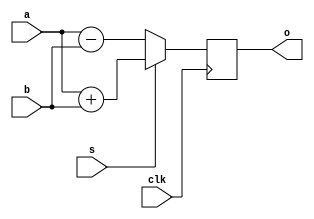
module addsub(o, a, b, s, clk);
	input [7:0] a, b;
	input s, clk;
	output reg [8:0] o;
	
	always @(posedge clk) begin
		if(s) o <= a + b;
		else o <= a - b;
	end
endmodule